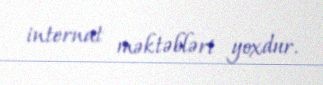
internat məktəbləri yoxdur.